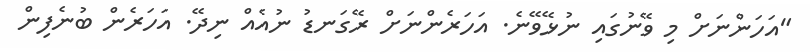
"އަހަންނަށް މި ވޭނުގައި ނުޅޭވޭނެ. އަހަރެންނަށް ރޭގަނޑު ނުއެއް ނިދޭ. އަހަރެން ބުނެފިން